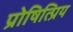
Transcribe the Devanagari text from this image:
प्रोषित्प्रिय